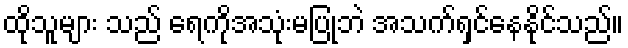
ထိုသူများ သည် ရေကိုအသုံးမပြုဘဲ အသက်ရှင်နေနိုင်သည်။